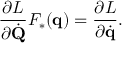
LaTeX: { \frac { \partial L } { \partial { \dot { \mathbf { Q } } } } } F _ { * } ( \mathbf { q } ) = { \frac { \partial L } { \partial { \dot { \mathbf { q } } } } } .